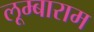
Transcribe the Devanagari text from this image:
लूम्बाराम